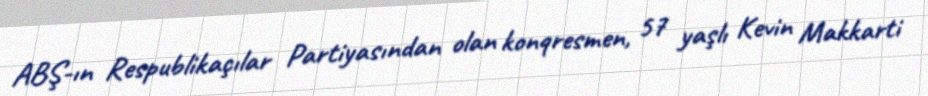
ABŞ-ın Respublikaçılar Partiyasından olan konqresmen, 57 yaşlı Kevin Makkarti